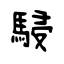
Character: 駸